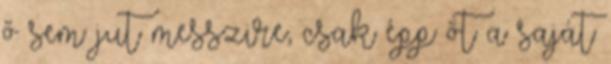
ő sem jut messzire, csak épp őt a saját